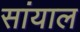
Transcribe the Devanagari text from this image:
सांयाल